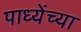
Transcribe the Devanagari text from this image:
पाध्येंच्या